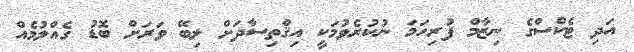
އަދި ޓެކްސްގެ ނިޒާމް ފުރިހަމަ ނުކުރެވުމަކީ އިޤްތިސާދަށް ލިބޭ ވަރަށް ބޮޑު ގެއްލުމެއް